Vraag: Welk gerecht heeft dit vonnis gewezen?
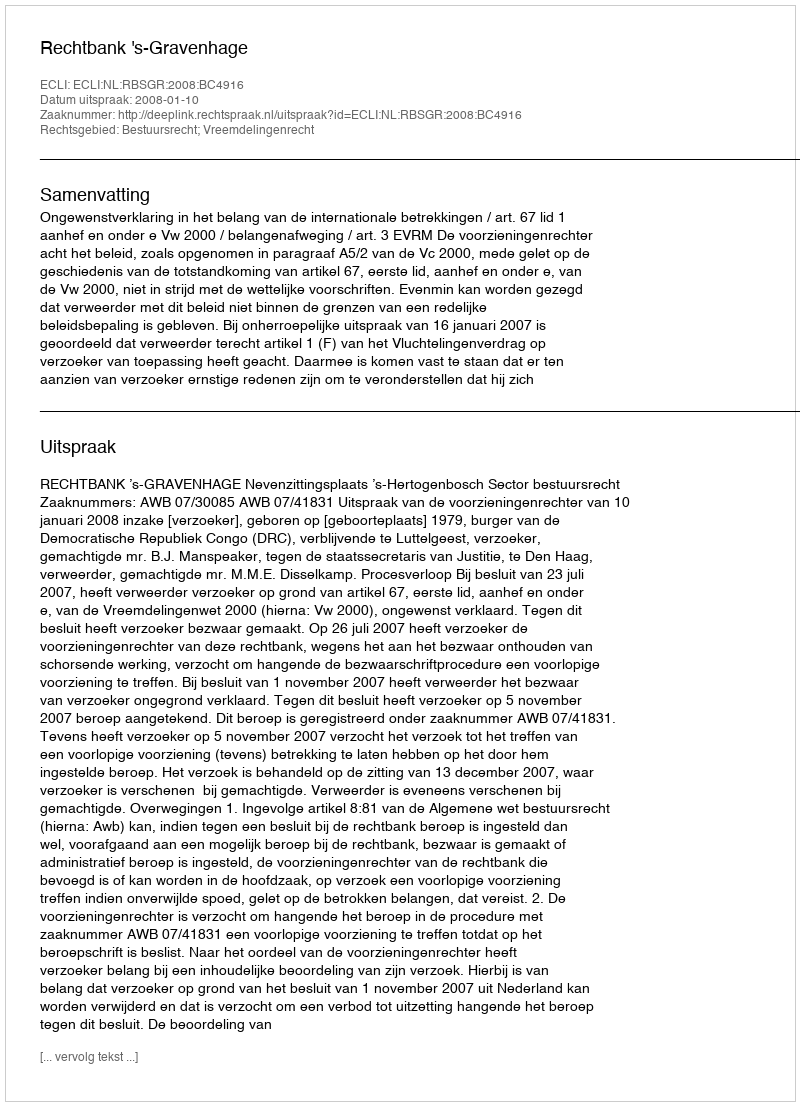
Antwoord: Rechtbank 's-Gravenhage